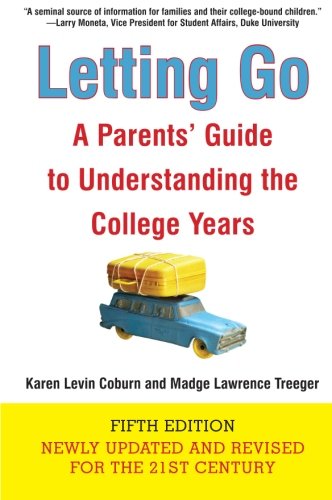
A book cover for Letting Go (Fifth Edition): A Parents' Guide to Understanding the College Years; Karen Levin Coburn; Education & Teaching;